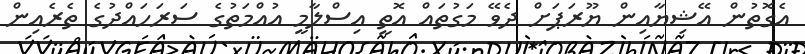
އެގޮތުން އޭޝިޔާއިން ޔޫރަޕަށް ދެވޭ މަގުތައް އޮތީ އިސްލާމީ އުއްމަތުގެ ސަރަހައްދުގެ ތެރެއިން